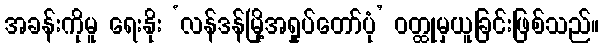
အခန်းကိုမူ ရေးနိုး ‘လန်ဒန်မြို့အရှုပ်တော်ပုံ’ ဝတ္ထုမှယူခြင်းဖြစ်သည်။